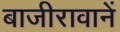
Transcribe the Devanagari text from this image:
बाजीरावानें